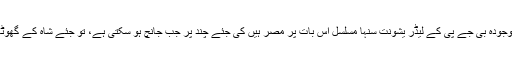
لیکن ہمارے سابق وزیر مالیات اور موجودہ بی جے پی کے لیڈر یشونت سنہا مسلسل اس بات پر مصر ہیں کی جئے چند پر جب جانچ ہو سکتی ہے، تو جئے شاہ کے گھوٹالے کی جانچ کیوں نہیں ہو سکتی ہے۔